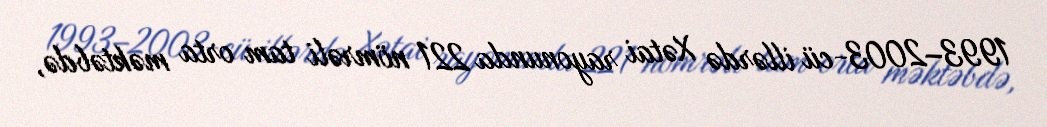
1993–2003-cü illərdə Xətai rayonunda 221 nömrəli tam orta məktəbdə,